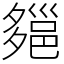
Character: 郺